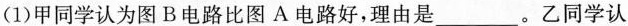
(1)甲同学认为图B电路比图A电路好，理由是___。乙同学认